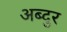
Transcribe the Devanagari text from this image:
अब्‍दुर